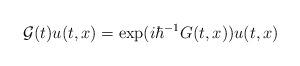
LaTeX: \begin{align*}\mathcal{G}(t)u(t,x)=\exp(i\hbar^{-1}G(t,x))u(t,x)\end{align*}